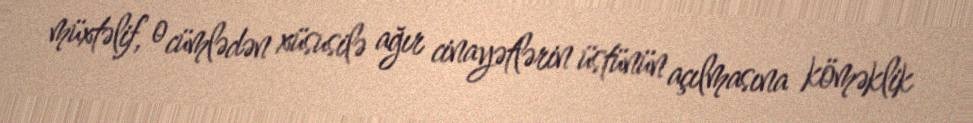
müxtəlif, o cümlədən xüsusilə ağır cinayətlərin üstünün açılmasına köməklik